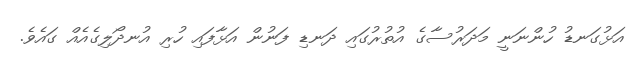
އަޅުގަނޑު ހުންނަނީ މަދަރުސާގެ އުތުރުގައި ދަނޑި ފަނުން އަޅާފައި ހުރި އުނދޯލިގެއެއް ގައެވެ.